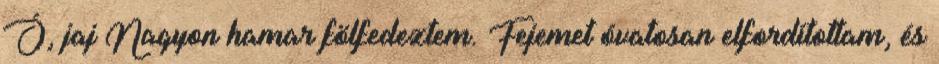
Ó, jaj Nagyon hamar fölfedeztem. Fejemet óvatosan elfordítottam, és